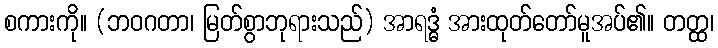
စကားကို။ (ဘဝဂတာ၊ မြတ်စွာဘုရားသည်) အာရဒ္ဓံ အားထုတ်တော်မူအပ်၏။ တတ္ထ၊